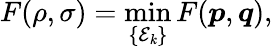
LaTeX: F(\rho,\sigma)=\operatorname*{min}_{\{ \mathcal{E}_{\mathit{k}}\} }F({\boldsymbol{p}},{\boldsymbol{q}}),